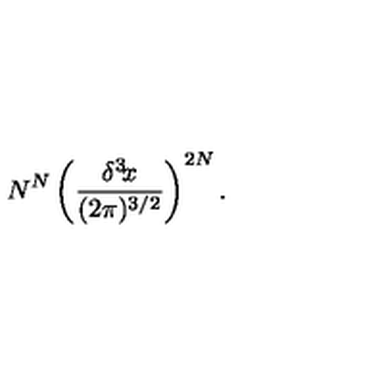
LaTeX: N ^ { N } \left( { \frac { \delta ^ { 3 } \! x } { ( 2 \pi ) ^ { 3 / 2 } } } \right) ^ { 2 N } .